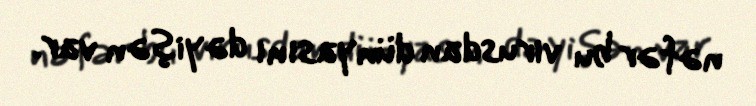
nəfər bu virusdan dünyasını dəyişən var.